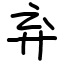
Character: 弃